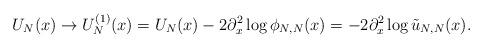
LaTeX: \begin{align*}U_N(x)\to U_N^{(1)}(x)=U_N(x)-2\partial_x^2\log\phi_{N,N}(x)=-2\partial_x^2\log\tilde{u}_{N,N}(x).\end{align*}